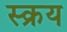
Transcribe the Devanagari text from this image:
स्क्रय